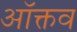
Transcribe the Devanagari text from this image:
ऑक्तव